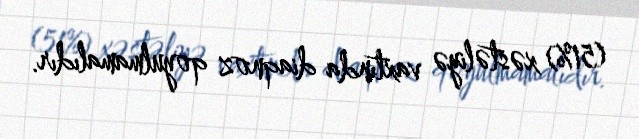
(51%) xəstəliyə vaxtında diaqnoz qoyulmamalıdır.